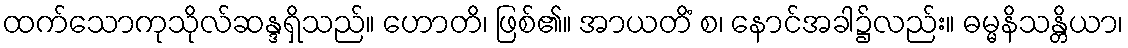
ထက်သောကုသိုလ်ဆန္ဒရှိသည်။ ဟောတိ၊ ဖြစ်၏။ အာယတိံ စ၊ နောင်အခါ၌လည်း။ ဓမ္မနိသန္တိယာ၊